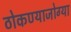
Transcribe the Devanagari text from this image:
ठोकण्याजोग्या